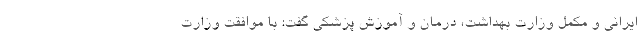
ایرانی و مکمل وزارت بهداشت، درمان و آموزش پزشکی گفت: با موافقت وزارت